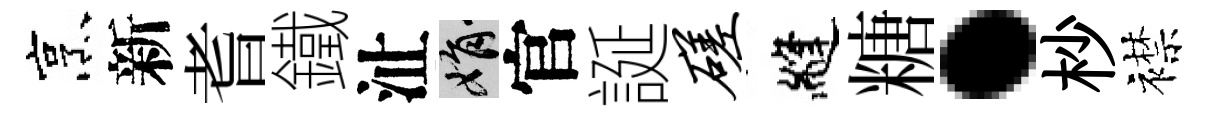
烹新耆鐵沚娟官誕磋縫糖·杪襟